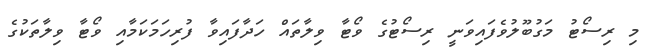
މި ރިސޯޓު މަގުބޫލުވެފައިވަނީ ރިސޯޓުގެ ވޯޓާ ވިލާތައް ހަދާފައިވާ ފުރިހަމަކަމާއި ވޯޓާ ވިލާތަކުގެ